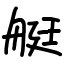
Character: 艇